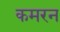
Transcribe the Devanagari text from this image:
कमरन